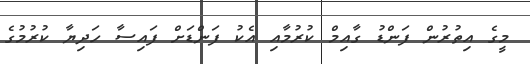
މީގެ އިތުރުން ފަންޑު ގާއިމް ކުރުމާއި އެކު ފަންޑަށް ފައިސާ ހަދިޔާ ކުރުމުގެ